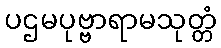
ပဌမပုဗ္ဗာရာမသုတ္တံ